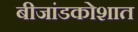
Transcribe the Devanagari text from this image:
बीजांडकोशात